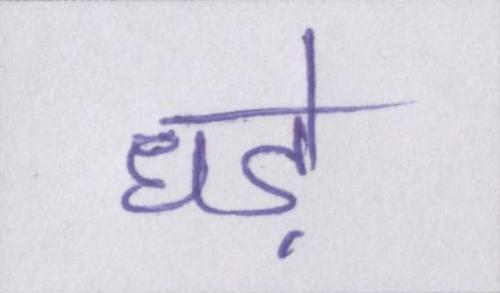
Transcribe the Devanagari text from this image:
धड़े